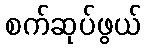
စက်ဆုပ်ဖွယ်